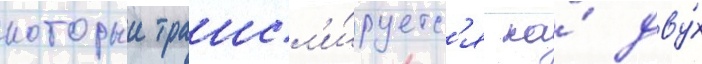
которыи трансл'и́руетс'я на́ дву́х